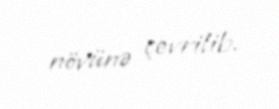
növünə çevrilib.